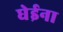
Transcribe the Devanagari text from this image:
घेईना